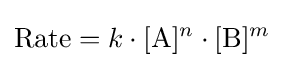
{\text{Rate}}=k\cdot [{\ce {A}}]^{n}\cdot [{\ce {B}}]^{m}